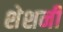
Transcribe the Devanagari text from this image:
शेशनी